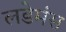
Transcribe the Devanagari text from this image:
लडेमंस